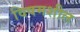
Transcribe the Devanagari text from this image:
विषमशील